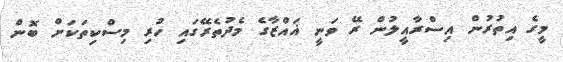
މީގެ އިތުރުން އިސްރާއީލުން ރޭ ވަނީ ޣައްޒާގެ މެދުތެރޭގައި ހުރި މިސްކިތަކަށް ބޮން